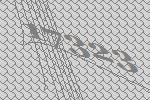
17323